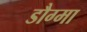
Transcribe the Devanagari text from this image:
डौग्मा